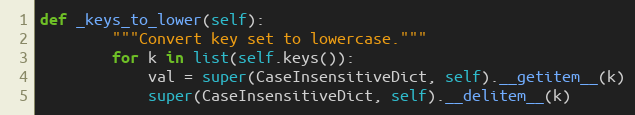
Language: Python
def _keys_to_lower(self):
        """Convert key set to lowercase."""
        for k in list(self.keys()):
            val = super(CaseInsensitiveDict, self).__getitem__(k)
            super(CaseInsensitiveDict, self).__delitem__(k)